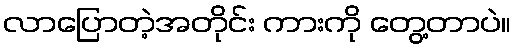
လာပြောတဲ့အတိုင်း ကားကို တွေ့တာပဲ။